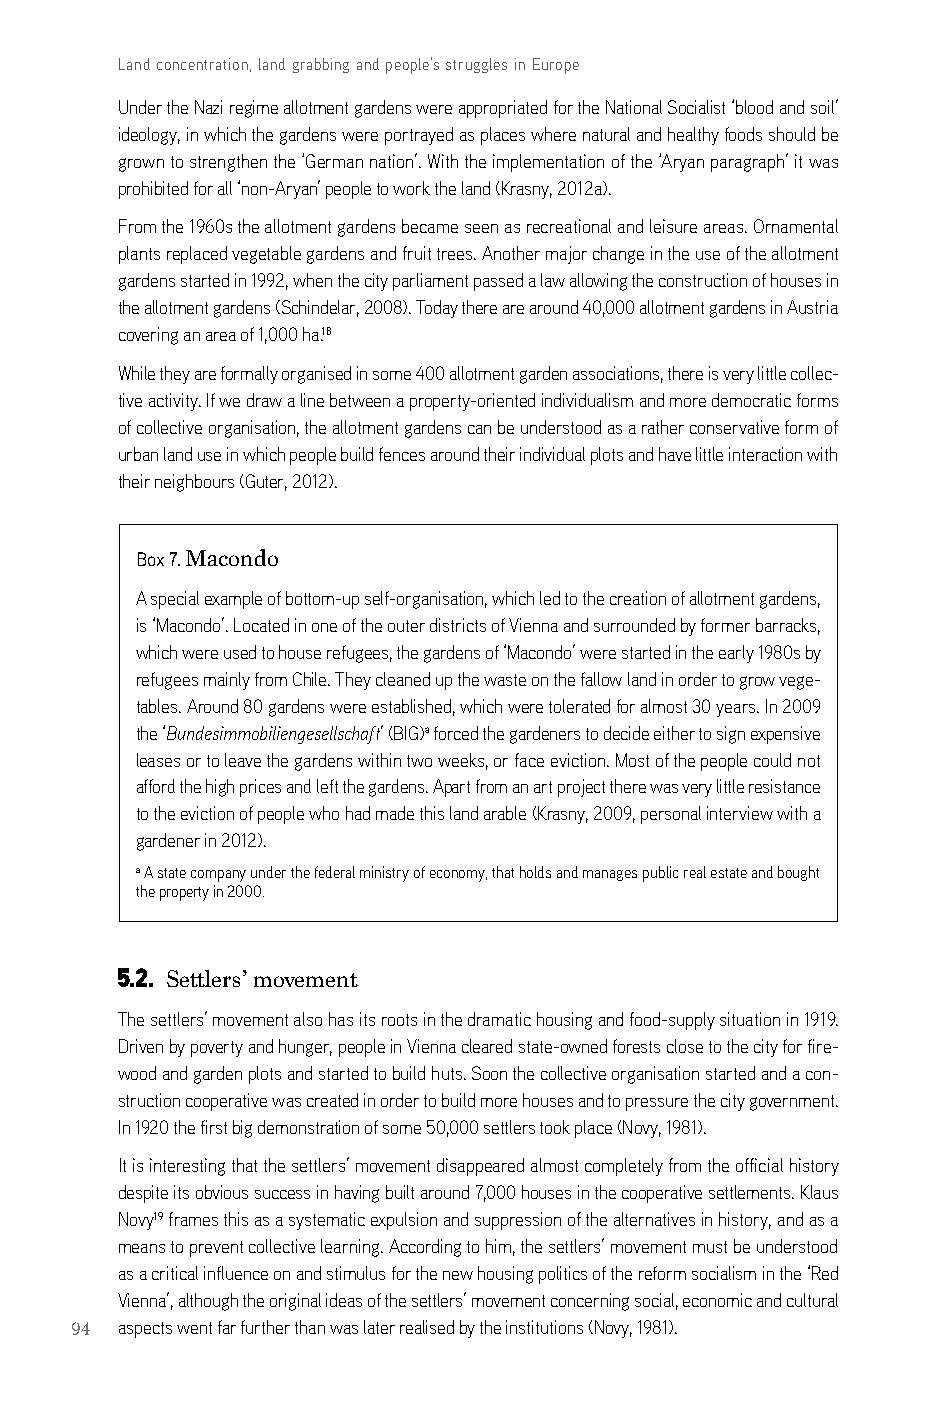
Land concentration, land grabbing and people’s struggles in Europe
 Under the nazi regime allotment gardens were appropriated for the national socialist ‘blood and soil’
 ideology, in which the gardens were portrayed as places where natural and healthy foods should be
 grown to strengthen the ‘german nation’. With the implementation of the ‘aryan paragraph’ it was
 prohibited for all ‘non-aryan’ people to work the land (krasny, 2012a).
 From the 1960s the allotment gardens became seen as recreational and leisure areas. ornamental
 plants replaced vegetable gardens and fruit trees. another major change in the use of the allotment
 gardens started in 1992, when the city parliament passed a law allowing the construction of houses in
 the allotment gardens (schindelar, 2008). Today there are around 40,000 allotment gardens in austria
 covering an area of 1,000 ha.18
 While they are formally organised in some 400 allotment garden associations, there is very little collec-
 tive activity. if we draw a line between a property-oriented individualism and more democratic forms
 of collective organisation, the allotment gardens can be understood as a rather conservative form of
 urban land use in which people build fences around their individual plots and have little interaction with
 their neighbours (guter, 2012).
 Box 7. Macondo
 a special example of bottom-up self-organisation, which led to the creation of allotment gardens,
 is ‘Macondo’. located in one of the outer districts of Vienna and surrounded by former barracks,
 which were used to house refugees, the gardens of ‘Macondo’ were started in the early 1980s by
 refugees mainly from chile. They cleaned up the waste on the fallow land in order to grow vege-
 tables. around 80 gardens were established, which were tolerated for almost 30 years. in 2009
 the ‘Bundesimmobiliengesellschaft’ (big)a forced the gardeners to decide either to sign expensive
 leases or to leave the gardens within two weeks, or face eviction. Most of the people could not
 afford the high prices and left the gardens. apart from an art project there was very little resistance
 to the eviction of people who had made this land arable (krasny, 2009, personal interview with a
 gardener in 2012).
 a a state company under the federal ministry of economy, that holds and manages public real estate and bought
 the property in 2000.
 5.2. Settlers’ movement
 The settlers’ movement also has its roots in the dramatic housing and food-supply situation in 1919.
 driven by poverty and hunger, people in Vienna cleared state-owned forests close to the city for fire-
 wood and garden plots and started to build huts. soon the collective organisation started and a con-
 struction cooperative was created in order to build more houses and to pressure the city government.
 in 1920 the first big demonstration of some 50,000 settlers took place (novy, 1981).
 it is interesting that the settlers’ movement disappeared almost completely from the official history
 despite its obvious success in having built around 7,000 houses in the cooperative settlements. klaus
 novy19 frames this as a systematic expulsion and suppression of the alternatives in history, and as a
 means to prevent collective learning. according to him, the settlers’ movement must be understood
 as a critical influence on and stimulus for the new housing politics of the reform socialism in the ‘red
 Vienna’, although the original ideas of the settlers’ movement concerning social, economic and cultural
 94 aspects went far further than was later realised by the institutions (novy, 1981).